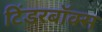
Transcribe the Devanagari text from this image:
टिंडरबॉक्स